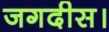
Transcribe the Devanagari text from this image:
जगदीस।